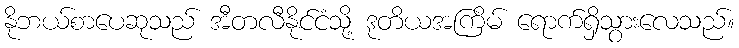
နိုဘယ်စာပေဆုသည် အီတလီနိုင်ငံသို့ ဒုတိယအကြိမ် ရောက်ရှိသွားလေသည်။